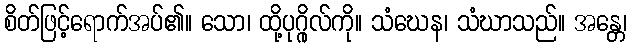
စိတ်ဖြင့်ရောက်အပ်၏။ သော၊ ထို့ပုဂ္ဂိုလ်ကို။ သံဃေန၊ သံဃာသည်။ အန္တေ၊